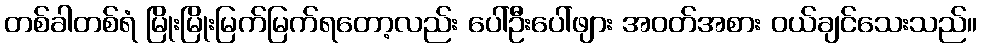
တစ်ခါတစ်ရံ မြိုးမြိုးမြက်မြက်ရတော့လည်း ပေါ်ဦးပေါ်ဖျား အဝတ်အစား ဝယ်ချင်သေးသည်။